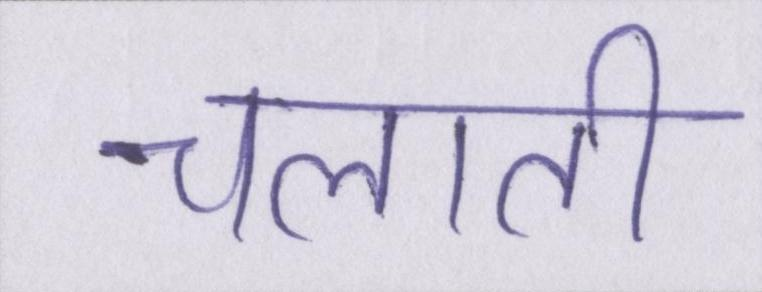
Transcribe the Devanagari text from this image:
चलाती